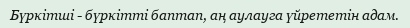
Бүркітші - бүркітті баптап, аң аулауга үйрететін адам.